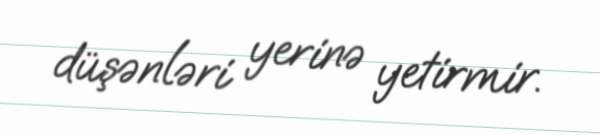
düşənləri yerinə yetirmir.